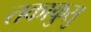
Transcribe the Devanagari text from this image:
तकाकुसु